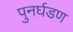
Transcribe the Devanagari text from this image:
पुनर्घडण